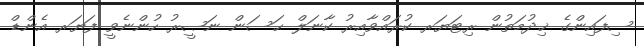
ސިފައިންގެ ޚިދުމަތުން ރިޓަޔަރ ކުރައްވާއިރު ކާނަލް ޙަސަން ނަޞީރު ހުންނެވީ ފަޔަރ އެންޑް